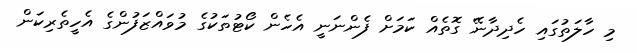
މި ހާލަތުގައި ހެދިދާނޭ ގޮތެއް ކަމަށް ފެންނަނީ އެހެން ކޯޓުތަކުގެ މުވައްޒަފުންގެ އެހީތެރިކަން